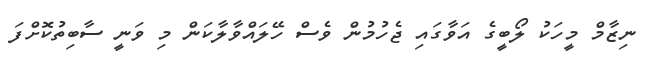
ނިޒާމް މީހަކު ލޯބީގެ އަވާގައި ޖެހުމުން ވެސް ހޭލައްވާލާކަން މި ވަނީ ސާބިތުކޮށްފަ